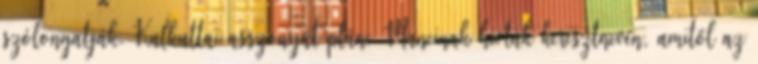
szólongatják. Kalkuttai asszonyát pláne Mancinak hívták keresztnevén, amitől az